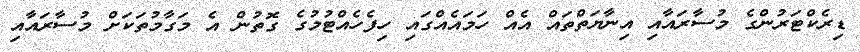
ޑިރެކްޓަރުންގެ މުސާރައާއި އިނާޔަތްތައް އެއް ހަމައެއްގައި ހިފެހެއްޓުމުގެ ގޮތުން އެ މަގާމުތަކަށް މުސާރައާއި